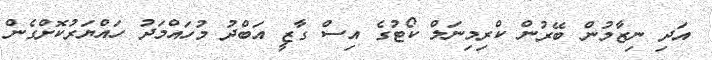
އަދި ނިޒާމުން ބޭރުން ކްރިމިނަލް ކޯޓުގެ އިސް ގާޒީ އަބްދު މުހައްމަދު ހައްޔަރުކޮށްގެން